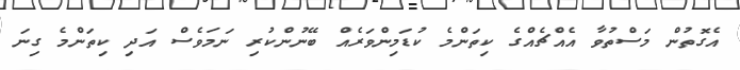
އެގޮތުން މަސްތުވާ އެއްޗެއްގެ ކިތަންމެ ކުޑަމިންވަރެއް ބޭނުންކުރި ނަމަވެސް އަދި ކިތަންމެ ގިނަ